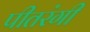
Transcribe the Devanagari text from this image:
पीतरंगी